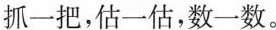
抓一把，估一估，数一数。